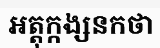
អត្តុក្កង្សនកថា